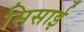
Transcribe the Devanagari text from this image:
सिसाई